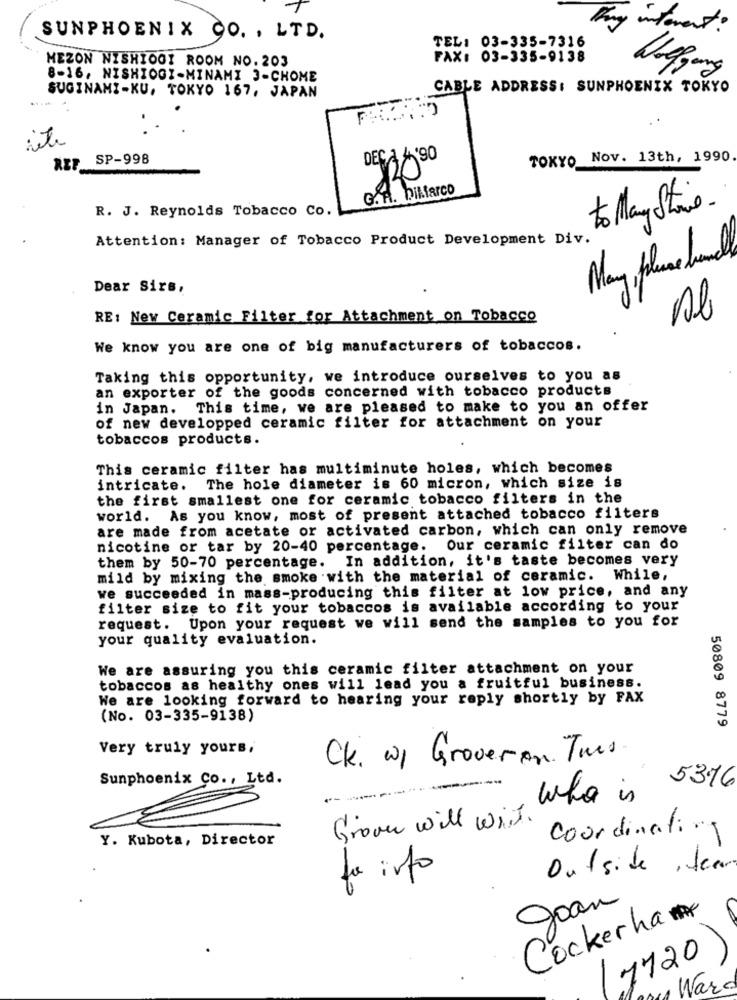
They
intevent ?
SUNPHOENIX CO. , LTD.
TEL: 03-335-7316
MEZON NISHIOGI ROOM NO.203
FAX: 03-335-9138
1.49
8-16, NISHIOGI-MINAMI 3-CHOME
CABLE ADDRESS: SUNPHOENIX TOKYO
SUGINAMI-KU, TOKYO 167, JAPAN
SP-998
DECA '90
TOKYO Nov. 13th, 1990
G. A. biffarco
R. J. Reynolds Tobacco Co.
to May Strive
Attention: Manager of Tobacco Product Development Div.
May, pluse hand
Dear Sirs,
RE: New Ceramic Filter for Attachment on Tobacco
Al
We know you are one of big manufacturers of tobaccos.
Taking this opportunity, we introduce ourselves to you as
an exporter of the goods concerned with tobacco products
in Japan. This time, we are pleased to make to you an offer
of new developped ceramic filter for attachment on your
tobaccos products.
This ceramic filter has multiminute holes, which becomes
intricate.
The hole diameter is 60 micron, which size is
the first smallest one for ceramic tobacco filters in the
world. As you know, most of present attached tobacco filters
are made from acetate or activated carbon, which can only remove
nicotine or tar by 20-40 percentage. Our ceramic filter can do
In addition, it's taste becomes very
them by 50-70 percentage.
mild by mixing the smoke with the material of ceramic. While,
we succeeded in mass-producing this filter at low price, and any
filter size to fit your tobaccos is available according to your
request. Upon your request we will send the samples to you for
your quality evaluation.
We are assuring you this ceramic filter attachment on your
tobaccos as healthy ones will lead you a fruitful business.
We are looking forward to hearing your reply shortly by FAX
(No. 03-335-9138)
50809 8779
Very truly yours,
Ck. w1 Groveran. Tues
Sunphoenix Co ., Ltd.
5376
who is
Grown will wait.
Y. Kubota, Director
coordinating
La info
Outside , tear
Joan
Cockerham
1720
War